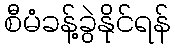
စီမံခန့်ခွဲနိုင်ရန်